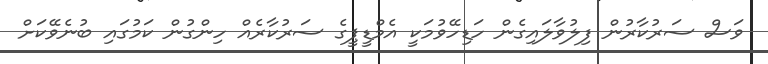
ވަސް ސަރުކާރުން ފިލުވާލައިގެން ހަޑިހޭވުމަކީ އެމްޑީޕީގެ ސަރުކާރެއް ހިންގުން ކަމުގައި ބުނެވޭކަށް